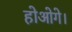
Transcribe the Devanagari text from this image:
होओगे।